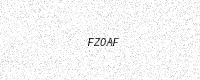
Text: FZ0AF